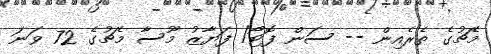
މެޗުގެ ތެރެއިން -- ސަން ފޮޓޯ/ ފަޔާޒު މޫސާ މެޗުގެ 72 ވަނަ